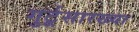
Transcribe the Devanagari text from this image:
गुर्टूसारख्या